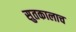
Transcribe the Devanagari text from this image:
सुतकालाच